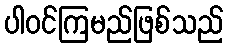
ပါဝင်ကြမည်ဖြစ်သည်